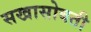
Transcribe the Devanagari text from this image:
सखासोबती